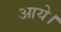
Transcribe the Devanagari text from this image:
आयेे।